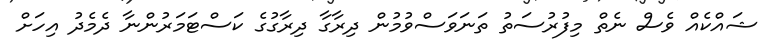
ޝައްކެއް ވެސް ނެތް މިފުރުސަތު ތަނަވަސްވުމުން ދިރާގާ ދިރާގުގެ ކަސްޓަމަރުންނާ ދެމެދު އިހަށް